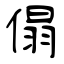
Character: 傝